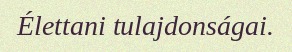
Élettani tulajdonságai.